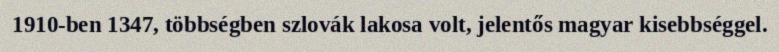
1910-ben 1347, többségben szlovák lakosa volt, jelentős magyar kisebbséggel.